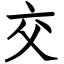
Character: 交